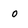
Character: o